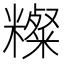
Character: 𥽆